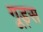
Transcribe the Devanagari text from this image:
गूड्स